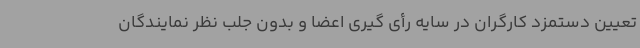
تعیین دستمزد کارگران در سایه رأی گیری اعضا و بدون جلب نظر نمایندگان